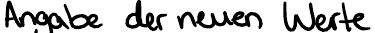
Angabe der neuen Werte